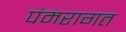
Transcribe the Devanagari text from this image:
पंमरागत